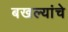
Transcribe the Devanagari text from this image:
बखल्यांचे